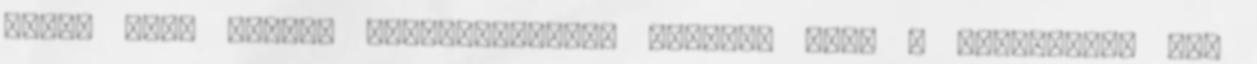
orrát fenn hordó, felfuvalkodott alakot, hogy a legkevésbé sem